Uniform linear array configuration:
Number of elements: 4
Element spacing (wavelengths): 0.5
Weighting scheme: hamming
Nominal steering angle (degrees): -45
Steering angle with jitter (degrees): -43.637
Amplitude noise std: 0.05
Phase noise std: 0.05

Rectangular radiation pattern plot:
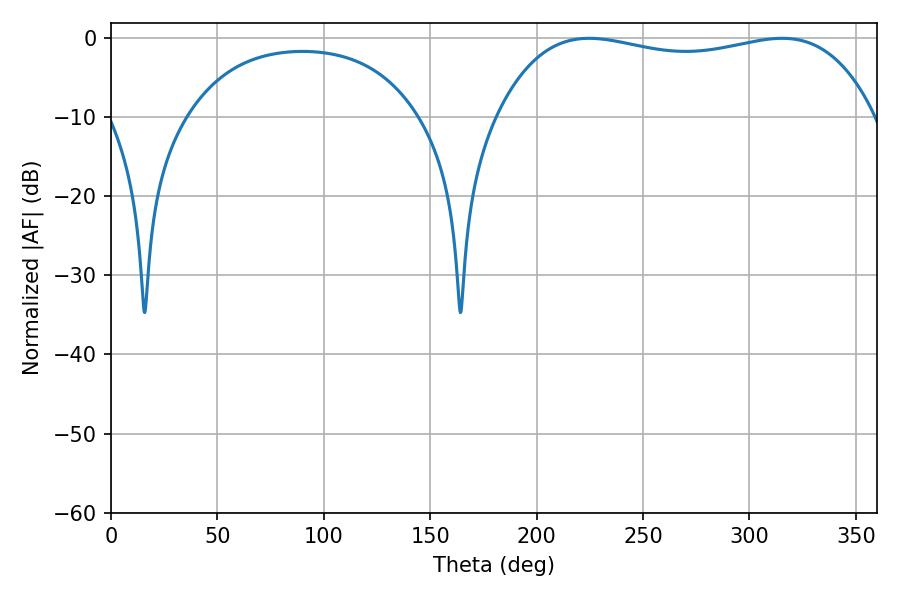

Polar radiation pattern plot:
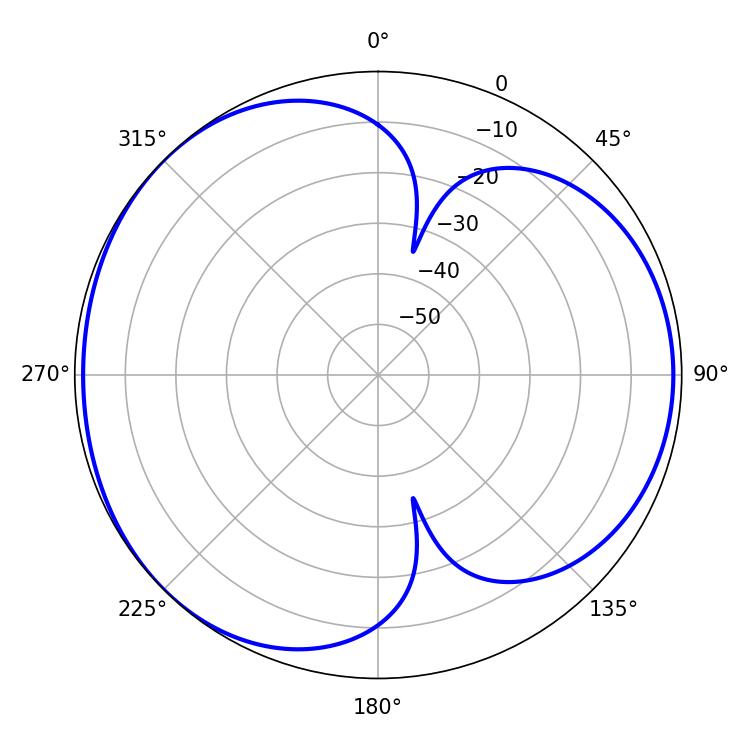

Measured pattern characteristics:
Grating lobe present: FALSE
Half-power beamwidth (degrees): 143.64
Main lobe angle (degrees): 224.64